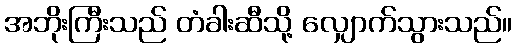
အဘိုးကြီးသည် တံခါးဆီသို့ လျှောက်သွားသည်။